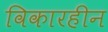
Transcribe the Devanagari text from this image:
विकारहीन